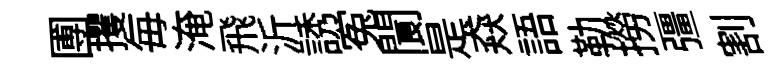
圑攫毎淹飛沂誘寃閬是猋語勒撈彊割